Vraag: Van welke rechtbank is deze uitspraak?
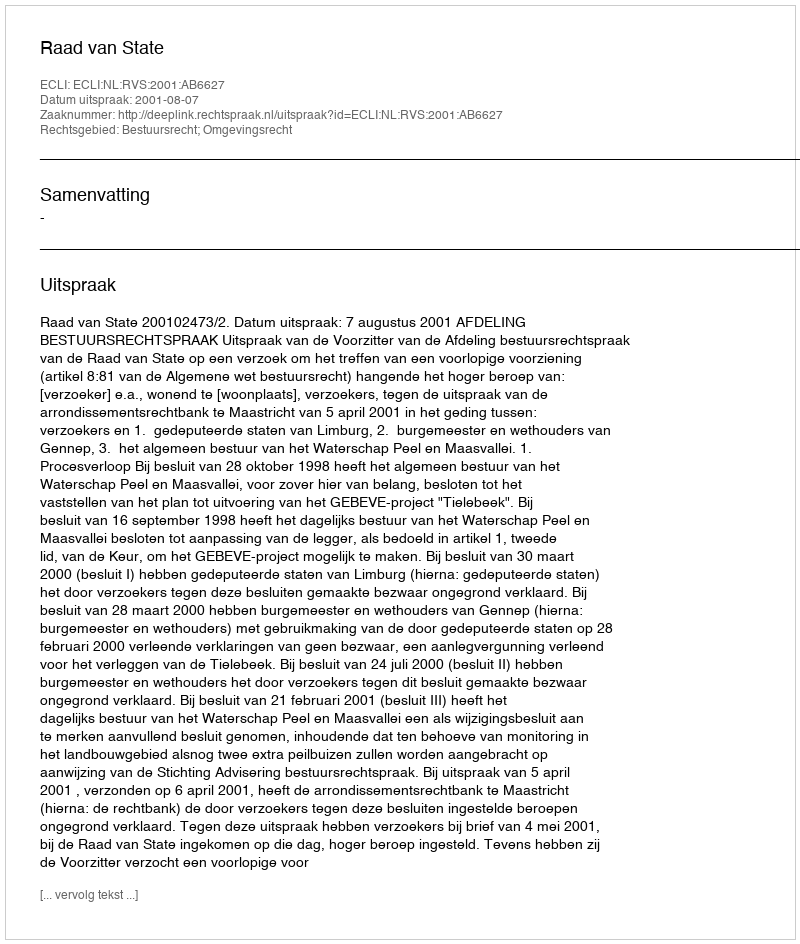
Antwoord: Raad van State